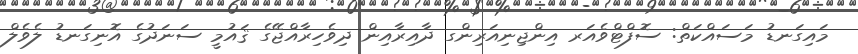
މައިގަނޑު މަސައްކަތް: ސޮފްޓްވެއަރ އިންޖިނިއަރިންގ ދާއިރާއިން ދިވެހިރާއްޖޭގެ ޤައުމީ ސަނަދުގެ އޮނިގަނޑު ލެވެލް